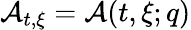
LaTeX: \mathcal{A}_{t,\xi}=\mathcal{A}(t,\xi;q)